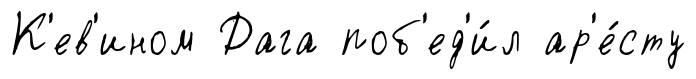
К'ев'ином Дага поб'ед'и́л ар'е́сту